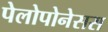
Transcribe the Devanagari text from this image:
पेलोपोनेसस